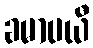
ခမာပယီ